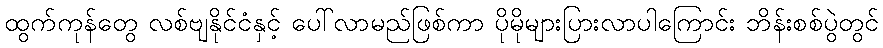
ထွက်ကုန်တွေ လစ်ဗျနိုင်ငံနှင့် ပေါ်လာမည်ဖြစ်ကာ ပိုမိုများပြားလာပါကြောင်း ဘိန်းစစ်ပွဲတွင်